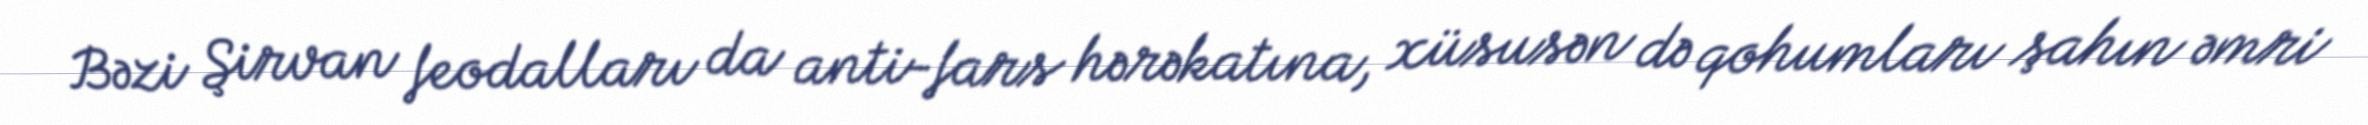
Bəzi Şirvan feodalları da anti-fars hərəkatına, xüsusən də qohumları şahın əmri